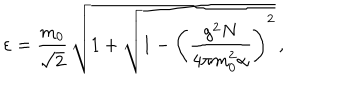
\varepsilon = \frac { m _ { 0 } } { \sqrt { 2 } } \, \sqrt { 1 + \sqrt { 1 - \left( \frac { g ^ { 2 } N } { 4 \pi m _ { 0 } ^ { 2 } \alpha } \right) ^ { 2 } } } \, ,